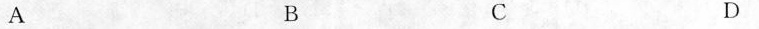
A B C D